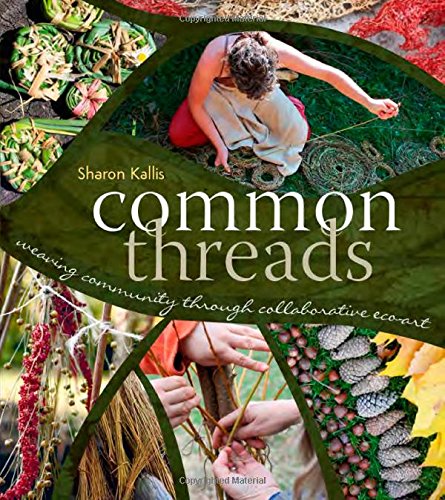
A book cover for Common Threads: Weaving Community through Collaborative Eco-Art; Sharon Kallis; Crafts, Hobbies & Home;